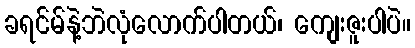
ခရင်မ်နဲ့ဘဲလုံလောက်ပါတယ်၊ ကျေးဇူးပါပဲ။